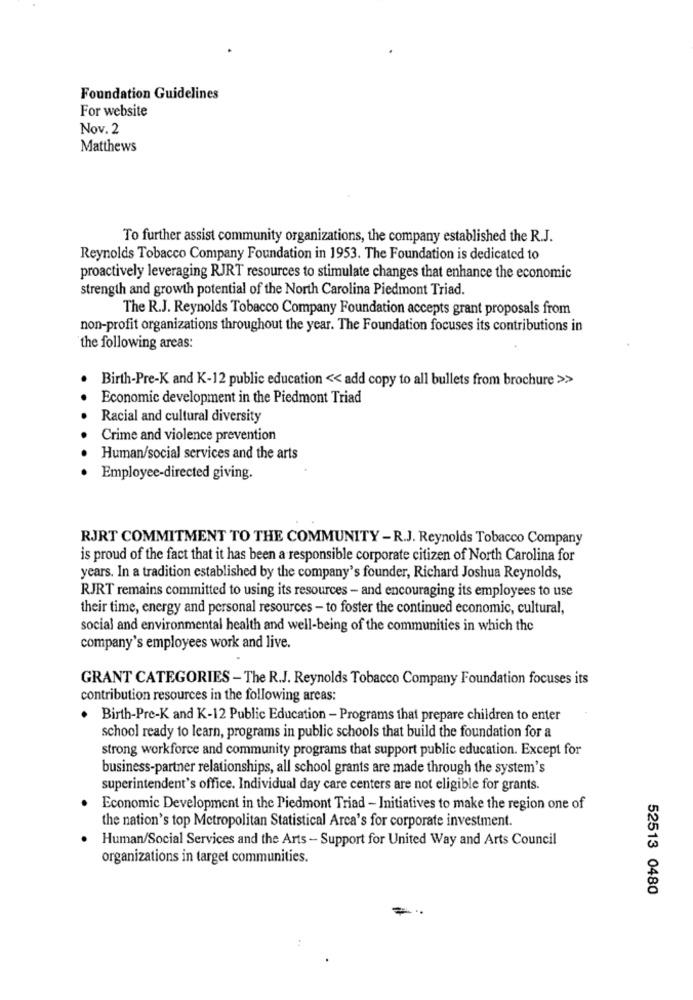
Foundation Guidelines
For website
Nov. 2
Matthews
To further assist community organizations, the company established the R.J.
Reynolds Tobacco Company Foundation in 1953. The Foundation is dedicated to
proactively leveraging RJRT resources to stimulate changes that enhance the economic
strength and growth potential of the North Carolina Piedmont Triad.
The R.J. Reynolds Tobacco Company Foundation accepts grant proposals from
non-profit organizations throughout the year. The Foundation focuses its contributions in
the following areas:
Birth-Pre-K and K-12 public education << add copy to all bullets from brochure >>>
Economic development in the Piedmont Triad
Racial and cultural diversity
Crime and violence prevention
Human/social services and the arts
Employee-directed giving.
RJRT COMMITMENT TO THE COMMUNITY - R.J. Reynolds Tobacco Company
is proud of the fact that it has been a responsible corporate citizen of North Carolina for
years. In a tradition established by the company's founder, Richard Joshua Reynolds,
RJRT remains committed to using its resources - and encouraging its employees to use
their time, energy and personal resources - to foster the continued economic, cultural,
social and environmental health and well-being of the communities in which the
company's employees work and live.
GRANT CATEGORIES - The R.J. Reynolds Tobacco Company Foundation focuses its
contribution resources in the following areas:
· Birth-Pre-K and K-12 Public Education - Programs that prepare children to enter
school ready to learn, programs in public schools that build the foundation for a
strong workforce and community programs that support public education. Except for
business-partner relationships, all school grants are made through the system's
superintendent's office. Individual day care centers are not eligible for grants.
Economic Development in the Piedmont Triad - Initiatives to make the region one of
the nation's top Metropolitan Statistical Arca's for corporate investment.
Human/Social Services and the Arts - Support for United Way and Arts Council
organizations in target communities.
52513 0480